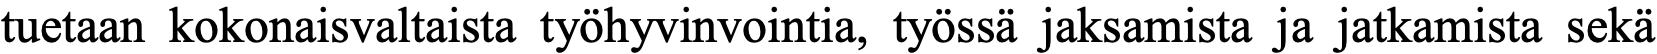
tuetaan kokonaisvaltaista työhyvinvointia, työssä jaksamista ja jatkamista sekä